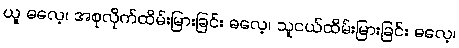
ယူ ဓလေ့၊ အစုလိုက်ထိမ်းမြားခြင်း ဓလေ့၊ သူငယ်ထိမ်းမြားခြင်း ဓလေ့၊